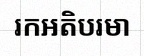
រកអតិបរមា